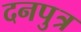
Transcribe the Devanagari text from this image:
दनपुत्र